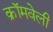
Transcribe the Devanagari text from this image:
क्रॉमवेली